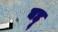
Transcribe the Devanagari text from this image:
बद्दू